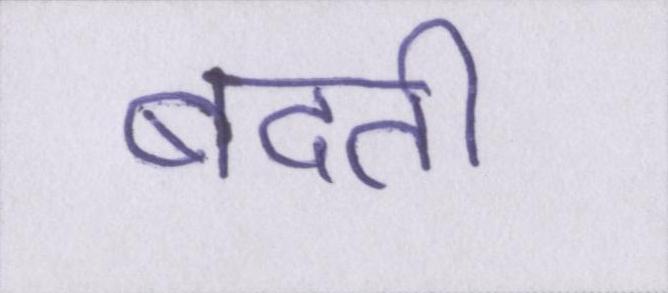
बदती